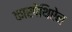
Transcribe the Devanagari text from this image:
कारपेथिऐन